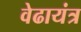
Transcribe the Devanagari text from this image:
वेढायंत्र